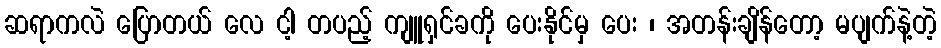
ဆရာကလဲ ပြောတယ် လေ ငါ့ တပည့် ကျူရှင်ခကို ပေးနိုင်မှ ပေး ၊ အတန်းချိန်တော့ မပျက်နဲ့တဲ့